Annual report on the working of the mental hospitals in the Madras Presidency - 1912-1932
Year: 1912
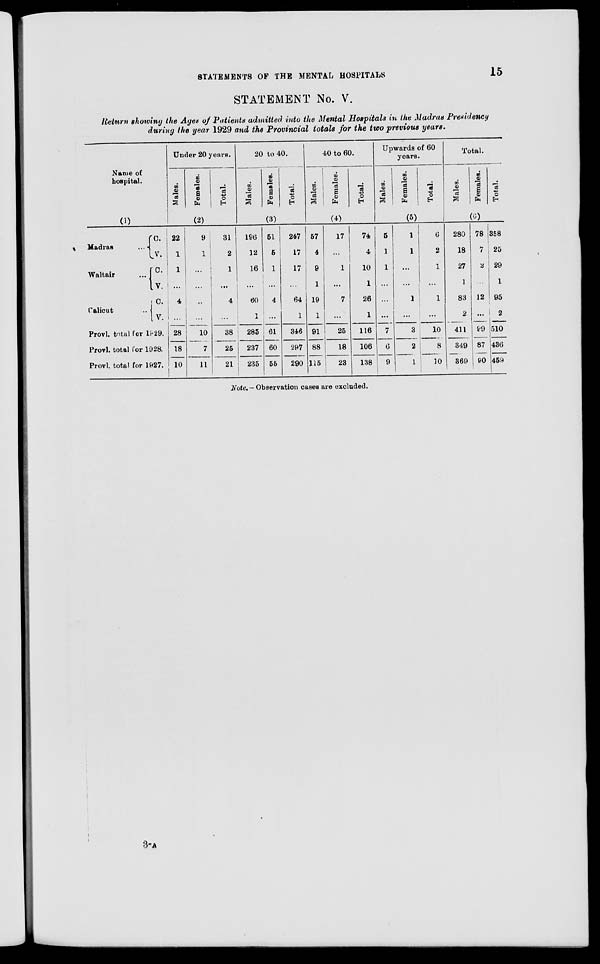
STATEMENTS OF THE MENTAL HOSPITALS
15
STATEMENT No. V.
Return showing the Ages of Patients admitted into the Mental Hospitals in the Madras Presidency
during the year 1929 and the Provincial totals for the two previous years.
Name of
hospital.
(1)
Madras
...
Waltair ...
Calicut
C.
V.
C.
V.
C.
V.
Provl. total for 1929.
Provl. total for 1928.
Provl. total for 1827.
Under 20 years.
Males.
Females.
Total.
(2)
22
1
1
...
4
...
28
18
10
9
1
...
...
...
...
10
7
11
31
2
1
...
4
...
38
25
21
20 to 40.
Males.
Females.
Total.
(3)
196
12
16
...
60
1
285
237
235
51
5
1
...
4
...
61
60
55
247
17
17
...
64
1
346
297
290
40 to 60.
Males.
Females.
Total.
(4)
57
4
9
1
19
1
91
88
115
17
...
1
...
7
...
25
18
23
74
4
10
1
26
1
116
106
138
Upwards of 60
years.
Males.
Females.
Total.
(5)
5
1
1
...
...
...
7
6
9
1
1
...
...
1
...
3
2
1
6
2
1
...
1
...
10
8
10
Total.
Males.
Females.
Total.
(6)
280
18
27
1
83
2
411
349
369
78
7
2
...
12
...
99
87
90
358
25
29
1
95
2
510
436
459
Note.— Observation cases are excluded.
3-A